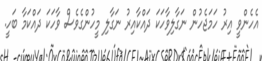
އެހެންވީ އިރު ހަމަޖެހުން ނަގާލިވާހަކަ ދައްކާއިރު ނަގާލި މީހުންގެވެސް ވާހަކަ ދައްކަމާ ބަހީ.